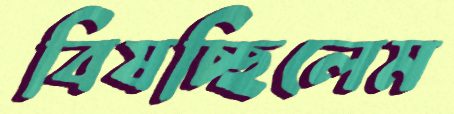
বিষচ্ছিলেম